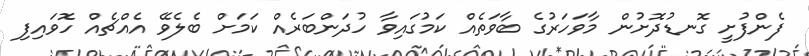
ފެންފުށީ ގޮނޑުދޮށުން މާވަހަރުގެ ބާވަތެއް ކަމުގައިވާ ހުދަންބަރެއް ކަމަށް ބެލެވޭ އެއްޗެއް ހޮވައިފި